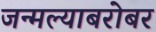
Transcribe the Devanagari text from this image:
जन्मल्याबरोबर